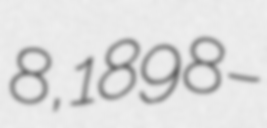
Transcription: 8, 1898 –